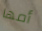
أمها